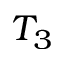
T _ { 3 }